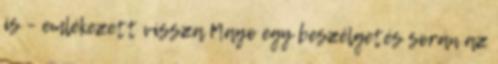
is – emlékezett vissza Mayo egy beszélgetés során az